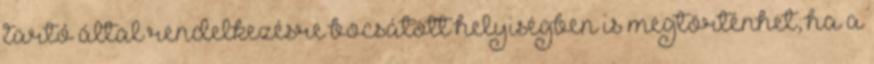
tartó által rendelkezésre bocsátott helyiségben is megtörténhet, ha a